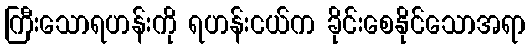
ကြီးသောရဟန်းကို ရဟန်းငယ်က ခိုင်းစေနိုင်သောအရာ